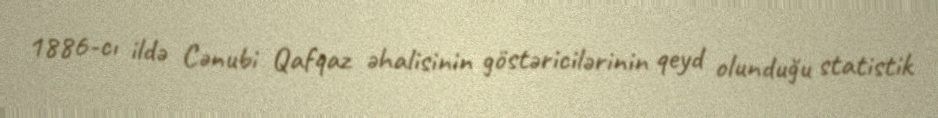
1886-cı ildə Cənubi Qafqaz əhalisinin göstəricilərinin qeyd olunduğu statistik